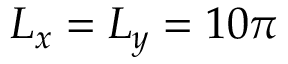
L _ { x } = L _ { y } = 1 0 \pi